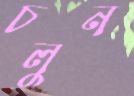
চলুন